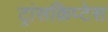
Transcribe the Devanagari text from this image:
ट्रांसक्रिप्टेस